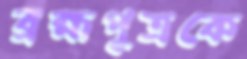
ব্রহ্মপুত্রকে